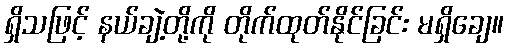
ရှိသဖြင့် နယ်ချဲ့တို့ကို တိုက်ထုတ်နိုင်ခြင်း မရှိချေ။